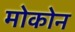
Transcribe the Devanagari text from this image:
मोकोन